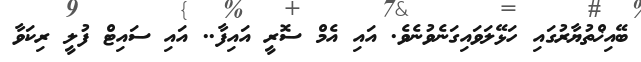
ބޭއިޚްތުޔާރުގައި ހަޅޭލަވައިގަނެވުނެވެ. އައި އެމް ސޮރީ އައިފާ.. އައި ސައިޓް ފުލީ ރިކަވާ